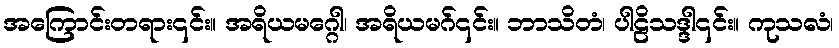
အကြောင်းတရား၎င်း။ အရိယမဂ္ဂေါ၊ အရိယမဂ်၎င်း။ ဘာသိတံ၊ ပါဠိသဒ္ဒါ၎င်း။ ကုသလံ၊